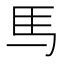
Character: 𫠉